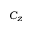
C _ { z }